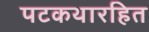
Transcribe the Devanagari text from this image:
पटकथारहित